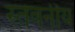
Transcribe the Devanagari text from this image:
स्तवनीय